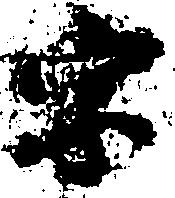
字